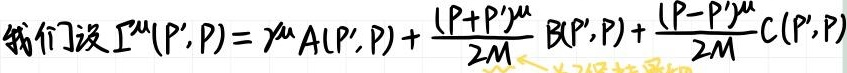
我们设 $\Gamma^{\mu}(P',P) = \gamma^{\mu}A(P',P) + \frac{(P + P')^{\mu}}{2M} B(P',P) + \frac{(P - P')^{\mu}}{2M} C(P',P)$